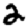
Digit: 2